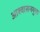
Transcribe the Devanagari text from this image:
आश्वासनयुक्त